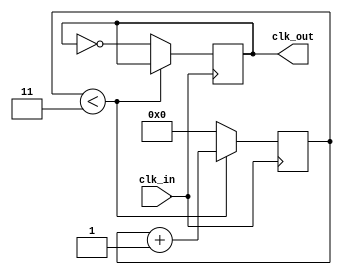
module clock_gen (

 	input clk_in ,
	output clk_out

 );

 parameter factor = 4; //4

 reg [7:0] counter = 0;
 reg out = 0;


 assign clk_out = out ;

 always @( posedge clk_in )
 	begin
 		if ( counter < factor - 1) begin
 		counter <= counter + 1;
 		end
 	else begin
 	out <= ~ out ;
 	counter <= 0;
 	end
 	end

 endmodule